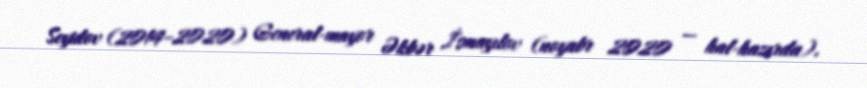
Seyidov (2014–2020) General-mayor Əkbər İsmayılov (noyabr 2020 — hal-hazırda).